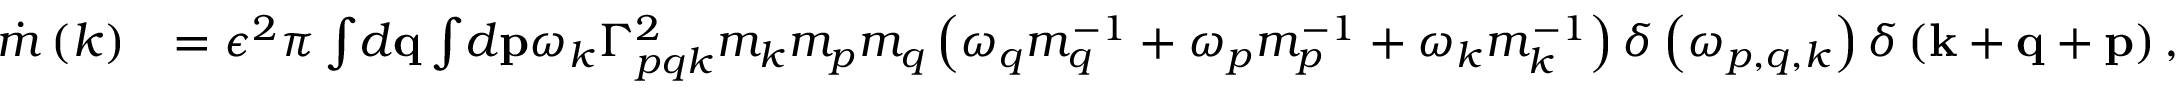
\begin{array} { r l } { \dot { m } \left( k \right) } & { = \epsilon ^ { 2 } \pi \int \! d \mathbf { q } \int \! d \mathbf { p } \omega _ { k } \Gamma _ { p q k } ^ { 2 } m _ { k } m _ { p } m _ { q } \left( \omega _ { q } m _ { q } ^ { - 1 } + \omega _ { p } m _ { p } ^ { - 1 } + \omega _ { k } m _ { k } ^ { - 1 } \right) \delta \left( \omega _ { p , q , k } \right) \delta \left( \mathbf { k } + \mathbf { q } + \mathbf { p } \right) , } \end{array}